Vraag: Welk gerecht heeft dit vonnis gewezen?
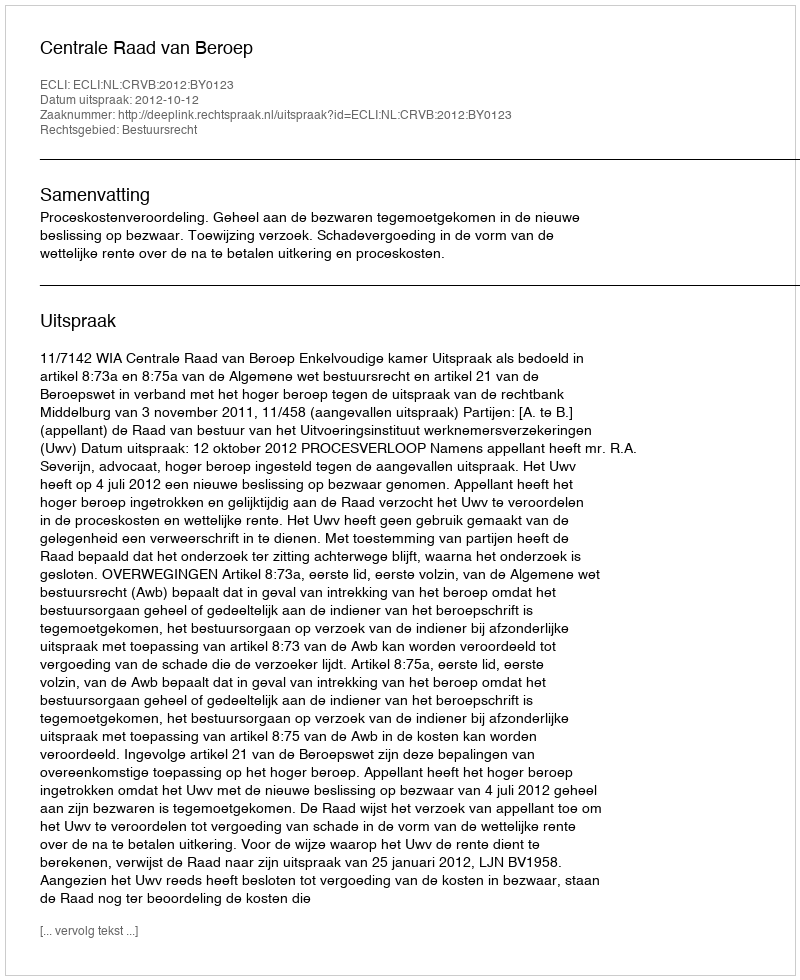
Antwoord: Centrale Raad van Beroep